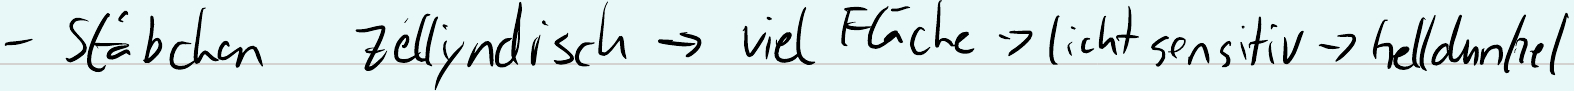
- Stäbchen zellyndisch -> viel Fläche -> lichtsensitiv -> helldunkel